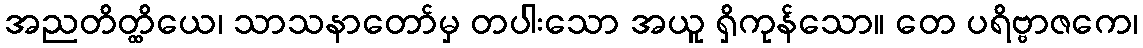
အညတိတ္ထိယေ၊ သာသနာတော်မှ တပါးသော အယူ ရှိကုန်သော။ တေ ပရိဗ္ဗာဇကေ၊